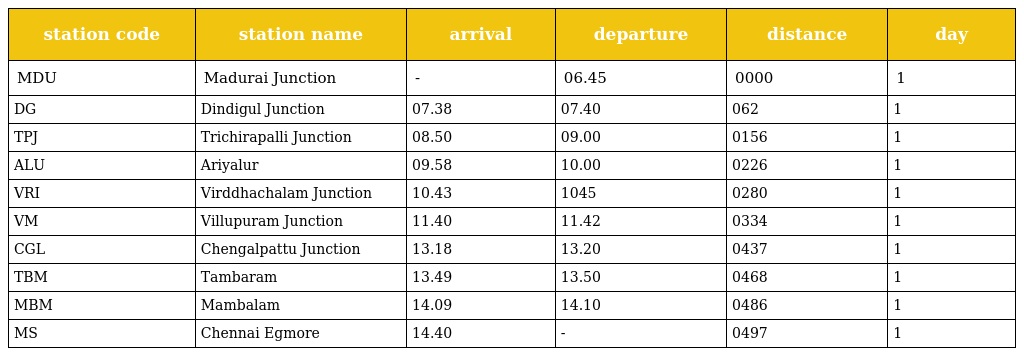
| station code | station name | arrival | departure | distance | day |
 | --- | --- | --- | --- | --- | --- |
 | MDU | Madurai Junction | - | 06.45 | 0000 | 1 |
 | DG | Dindigul Junction | 07.38 | 07.40 | 062 | 1 |
 | TPJ | Trichirapalli Junction | 08.50 | 09.00 | 0156 | 1 |
 | ALU | Ariyalur | 09.58 | 10.00 | 0226 | 1 |
 | VRI | Virddhachalam Junction | 10.43 | 1045 | 0280 | 1 |
 | VM | Villupuram Junction | 11.40 | 11.42 | 0334 | 1 |
 | CGL | Chengalpattu Junction | 13.18 | 13.20 | 0437 | 1 |
 | TBM | Tambaram | 13.49 | 13.50 | 0468 | 1 |
 | MBM | Mambalam | 14.09 | 14.10 | 0486 | 1 |
 | MS | Chennai Egmore | 14.40 | - | 0497 | 1 |